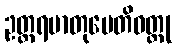
ဥတ္တရမာတုပေတိဝတ္ထု